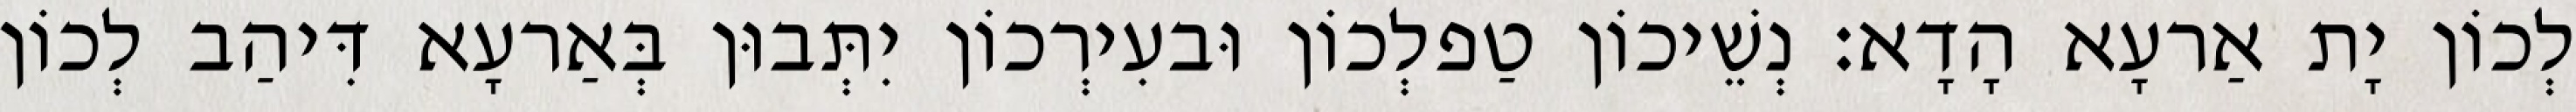
לְכוֹן יָת אַרעָא הָדָא׃ נְשֵׁיכוֹן טַפלְכוֹן וּבעִירְכוֹן יִתְּבוּן בְּאַרעָא דִּיהַב לְכוֹן